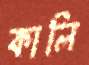
কালি